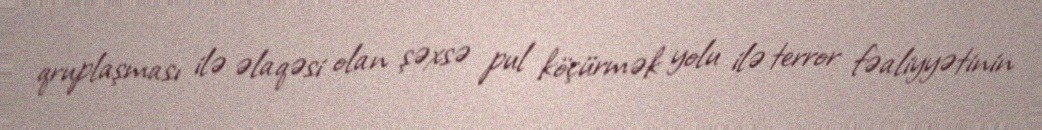
qruplaşması ilə əlaqəsi olan şəxsə pul köçürmək yolu ilə terror fəaliyyətinin